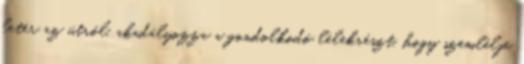
letér az útról, akadályozza a gondolkodó lélekrészt, hogy szemlélje